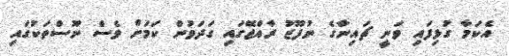
އެކަމާ ގުޅިފައި ވަނީ ޗައިނާގެ ނުފޫޒު ރާއްޖޭގައި ގަދަވުން ކަމަށް ވެސް ނޫސްތަކުގައި